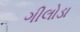
ગીલોડા